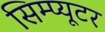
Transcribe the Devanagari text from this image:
सिम्प्यूटर